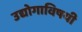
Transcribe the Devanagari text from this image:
उद्योगाविषयी